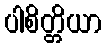
ပါစိတ္တိယာ